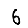
Digit: 6